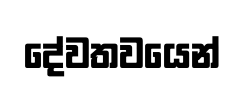
දේවතවයෙන්